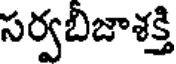
సర్వబిజాశక్తి